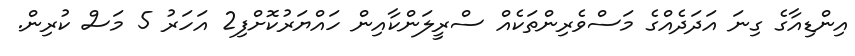
އިންޑިއާގެ ގިނަ އަދަދެއްގެ މަސްވެރިންތަކެއް ސްރީލަންކާއިން ހައްޔަރުކޮށްފި2 އަހަރު 5 މަސް ކުރިން.